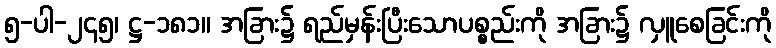
၅-ပါ-၂၄၅၊ ဋ္ဌ-၁၈၁။ အခြား၌ ရည်မှန်းပြီးသောပစ္စည်းကို အခြား၌ လှူစေခြင်းကို